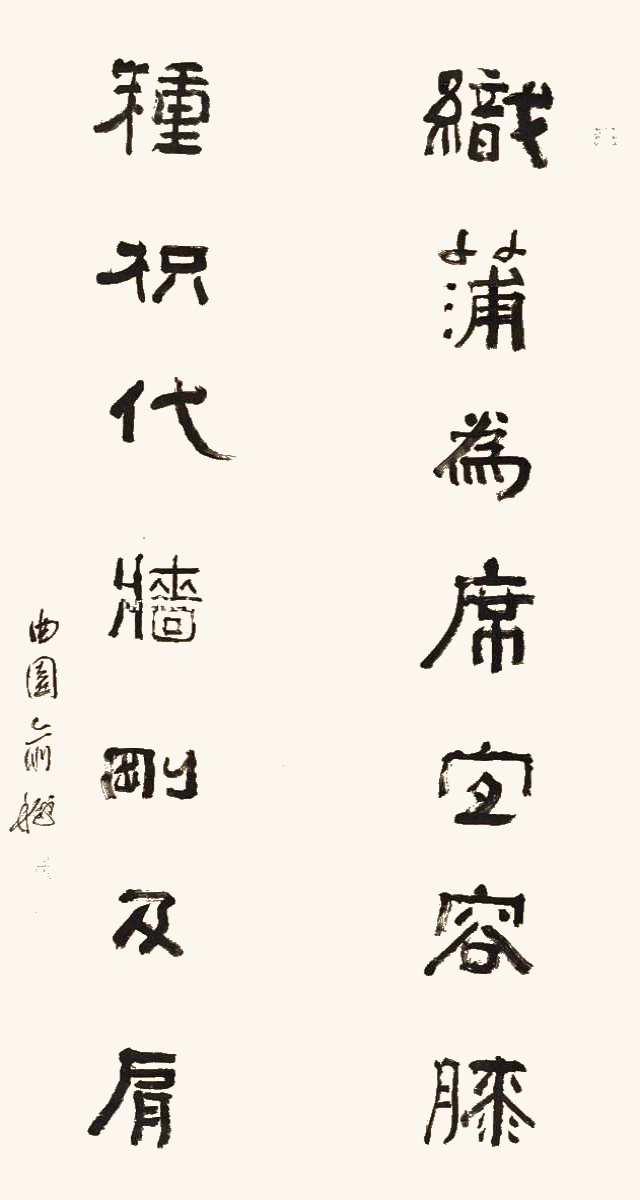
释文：织蒲为席宜容膝，种枳代墙刚及肩。曲园俞樾。